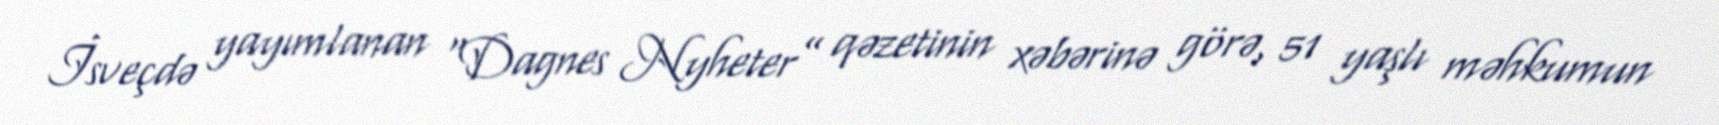
İsveçdə yayımlanan “Dagnes Nyheter” qəzetinin xəbərinə görə, 51 yaşlı məhkumun